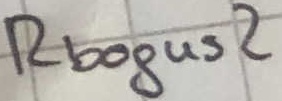
Text: Rbogus2